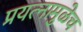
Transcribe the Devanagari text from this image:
प्रयत्नामुळेच